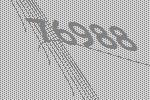
76988